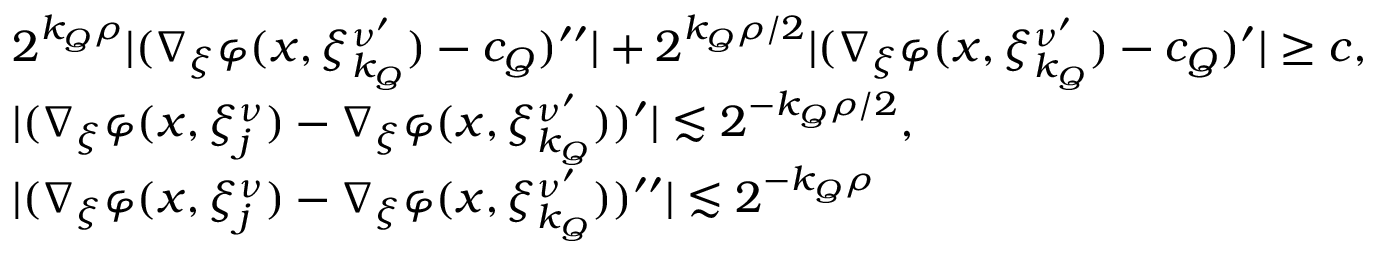
\begin{array} { r l } & { 2 ^ { { k _ { Q } } \rho } | ( \nabla _ { \xi } \varphi ( x , \xi _ { k _ { Q } } ^ { \nu ^ { \prime } } ) - c _ { Q } ) ^ { \prime \prime } | + 2 ^ { { k _ { Q } } \rho / 2 } | ( \nabla _ { \xi } \varphi ( x , \xi _ { k _ { Q } } ^ { \nu ^ { \prime } } ) - c _ { Q } ) ^ { \prime } | \geq c , } \\ & { | ( \nabla _ { \xi } \varphi ( x , \xi _ { j } ^ { \nu } ) - \nabla _ { \xi } \varphi ( x , \xi _ { k _ { Q } } ^ { \nu ^ { \prime } } ) ) ^ { \prime } | \lesssim { 2 ^ { - { k _ { Q } } \rho / 2 } } , } \\ & { | ( \nabla _ { \xi } \varphi ( x , \xi _ { j } ^ { \nu } ) - \nabla _ { \xi } \varphi ( x , \xi _ { k _ { Q } } ^ { \nu ^ { \prime } } ) ) ^ { \prime \prime } | \lesssim { 2 ^ { - { k _ { Q } } \rho } } } \end{array}